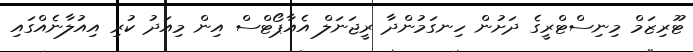
ޓޫރިޒަމް މިނިސްޓްރީގެ ދަށުން ހިނގަމުންދާ ރީޖަނަލް އެއާޕޯޓްސް އިން މިއަދު ކުރި އިއުލާނެއްގައި